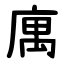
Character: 庽